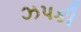
ઝપકી